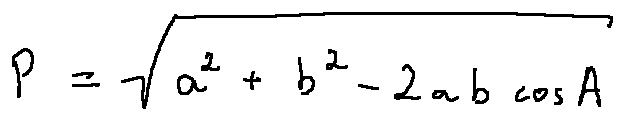
p = \sqrt { a ^ { 2 } + b ^ { 2 } - 2 a b \cos A }